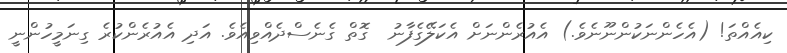
ކިއެއްތަ! (އެހެންނަކުންނޫނެވެ.) އެއުރެންނަށް އެކަލޭގެފާނު  ގޮތް ގެނެސްދެއްވިއެވެ. އަދި އެއުރެންކުރެ ގިނަމީހުންނީ